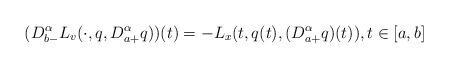
\begin{align*}(D_{b-}^{\alpha} L_{v}(\cdot,q,D_{a+}^{\alpha}q) )(t)=-L_{x}(t,q(t),(D_{a+}^{\alpha}q)(t)),t\in [a,b] \end{align*}